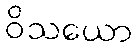
ဝိသယော